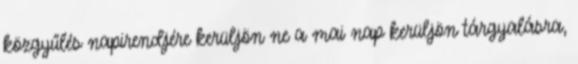
közgyűlés napirendjére kerüljön ne a mai nap kerüljön tárgyalásra,